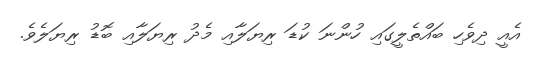
އެއީ ދިވެހި ބައްތެލީގައި ހުންނަ ކުޑަ ރިޔަލާއި މެދު ރިޔަލާއި ބޮޑު ރިޔަލެވެ.